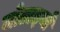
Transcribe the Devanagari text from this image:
जोताइयाँ